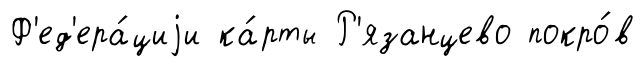
Ф'ед'ера́циjи ка́рты Р'язанцево покро́в